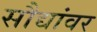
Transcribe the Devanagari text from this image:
सौद्यांवर